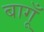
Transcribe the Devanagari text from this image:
बागूँ